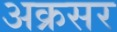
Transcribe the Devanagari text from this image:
अक्रसर